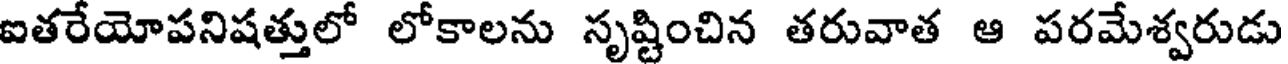
ఐతరేయోపనిషత్తులో లోకాలను సృష్టించిన తరువాత ఆ పరమేశ్వరుడు